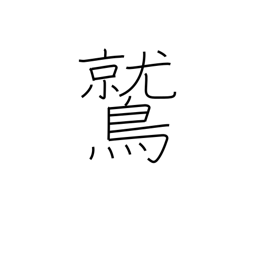
Meaning: eagle